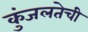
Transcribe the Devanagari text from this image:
कुंजलतेची